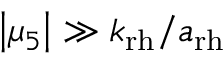
\left| \mu _ { 5 } \right| \gg k _ { \mathrm { r h } } / a _ { \mathrm { r h } }